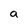
Character: a